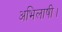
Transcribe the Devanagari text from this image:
अभिलाषी।